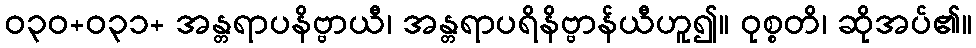
ဝ၃၀+၀၃၁+ အန္တရာပနိဗ္ဗာယီ၊ အန္တရာပရိနိဗ္ဗာန်ယီဟူ၍။ ဝုစ္စတိ၊ ဆိုအပ်၏။